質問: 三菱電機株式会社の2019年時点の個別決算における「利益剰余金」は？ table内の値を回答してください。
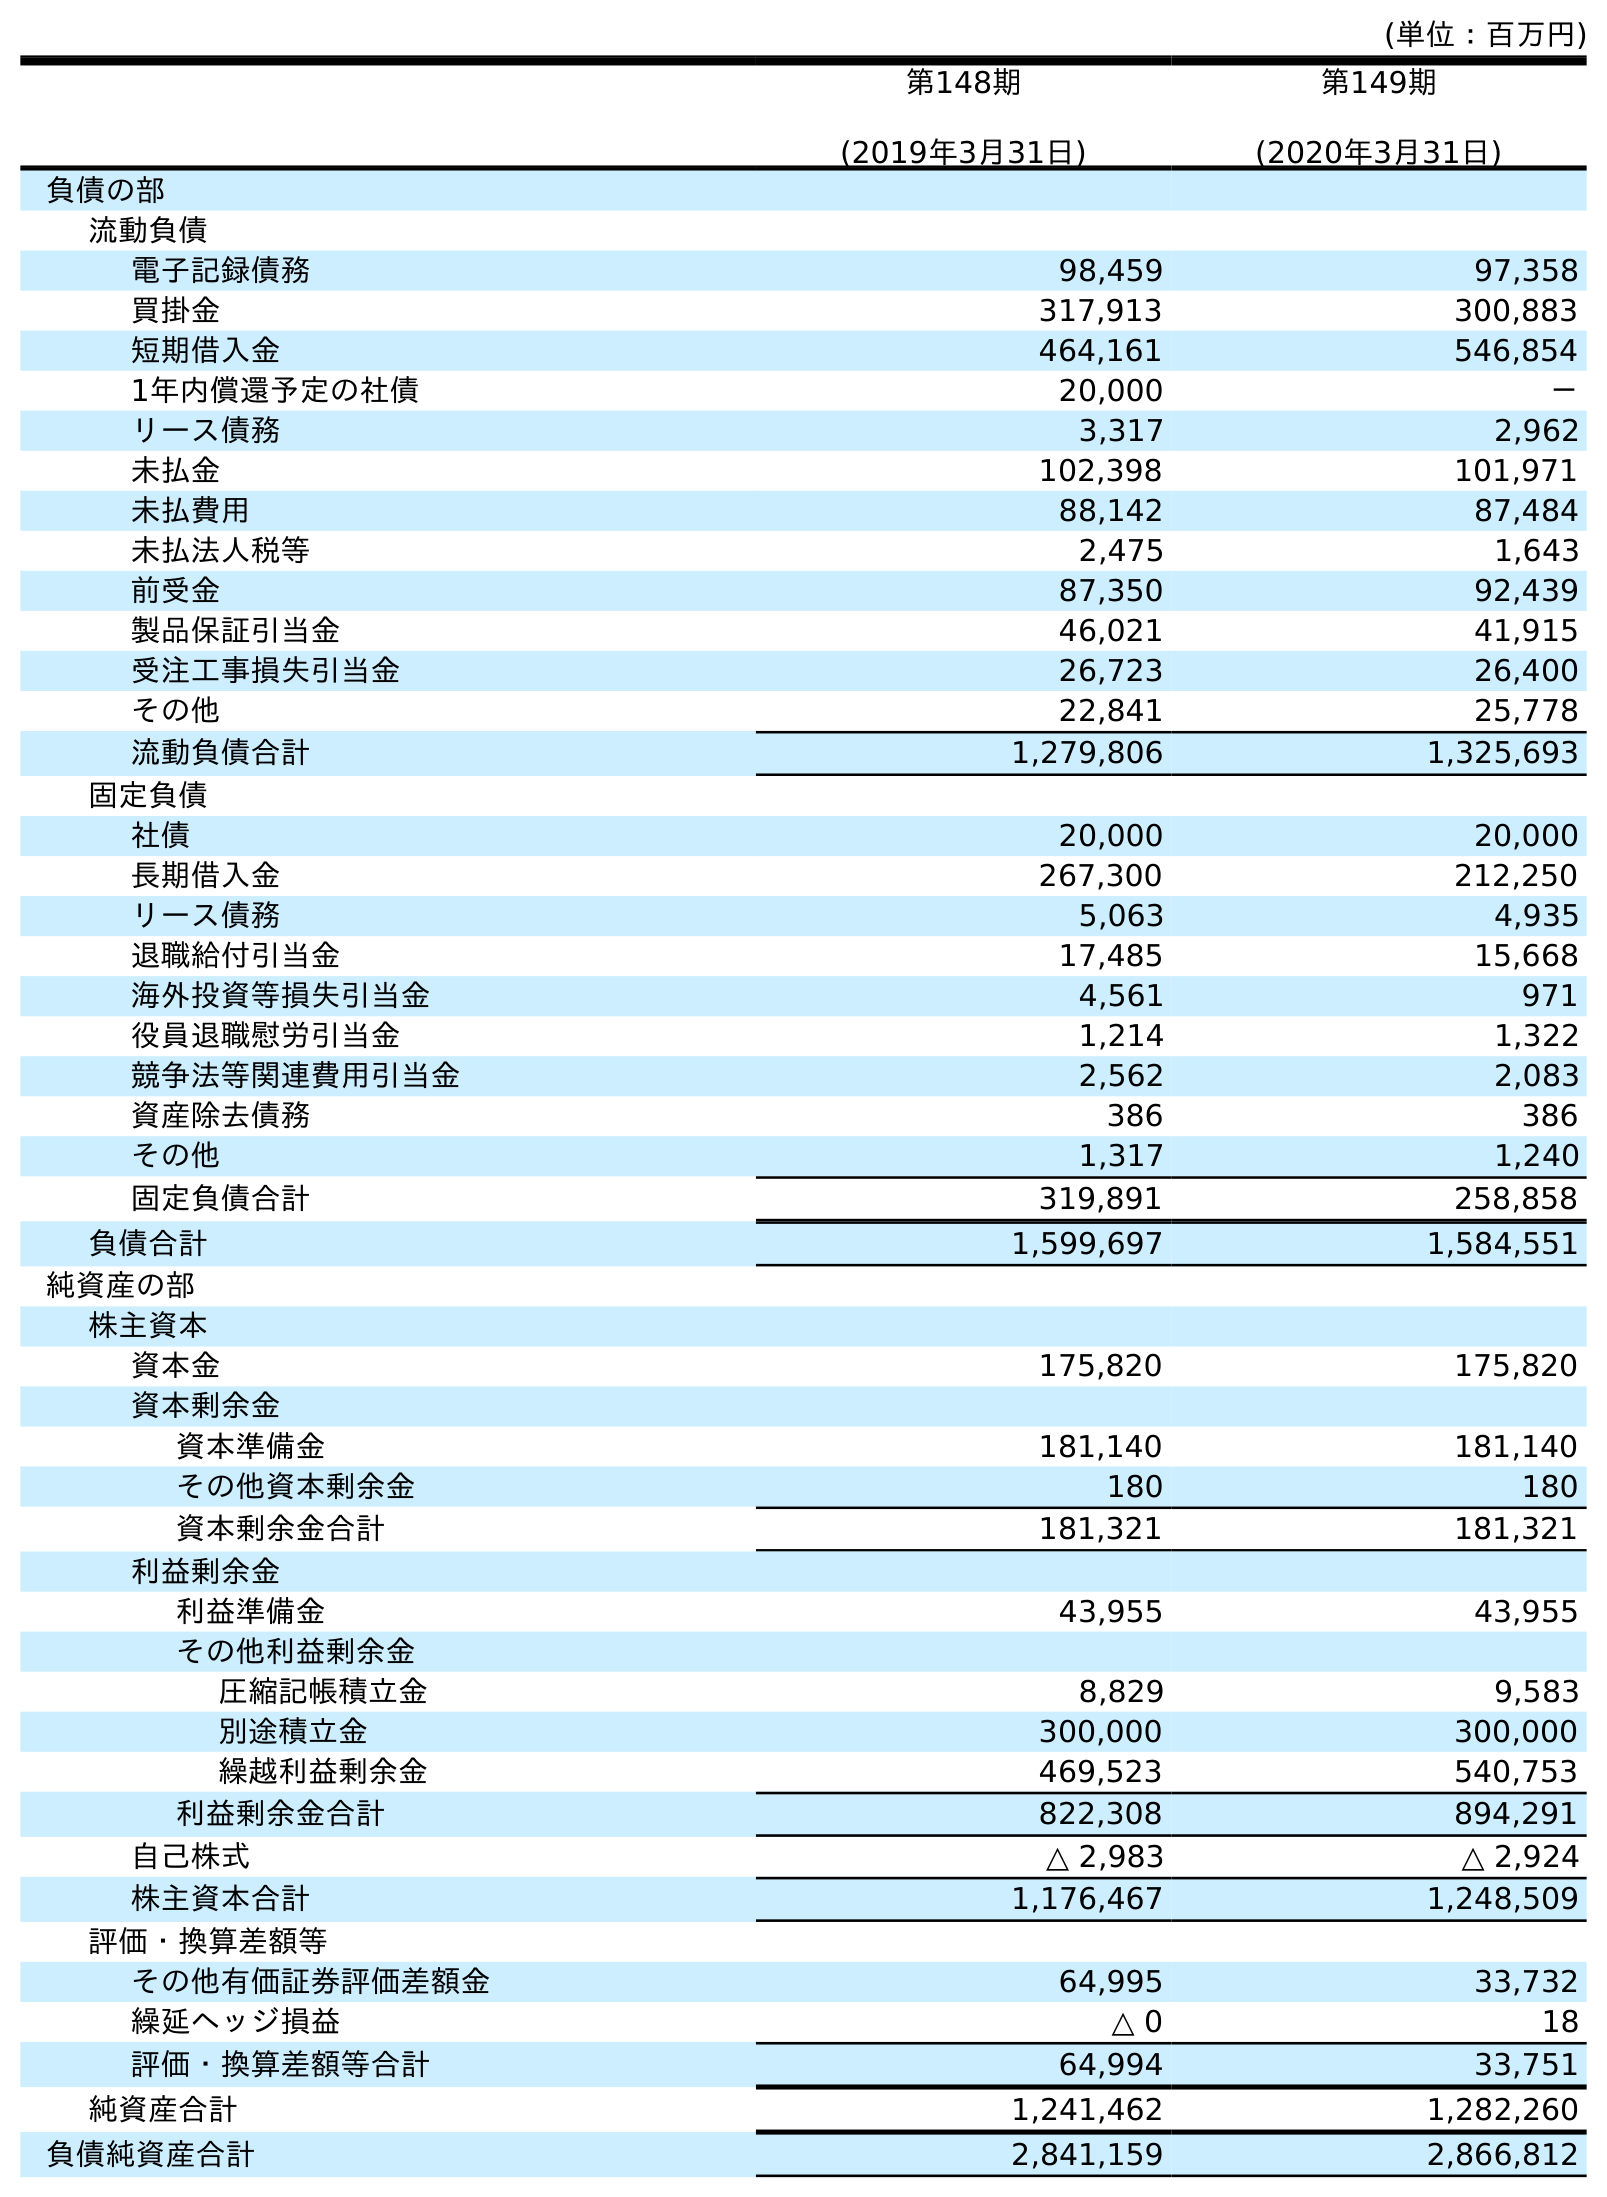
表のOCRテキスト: (単位：百万円) 第148期 (2019年3月31日) 第149期 (2020年3月31日) 負債の部 流動負債 電子記録債務 98,459 97,358 買掛金 317,913 300,883 短期借入金 464,161 546,854 1年内償還予定の社債 20,000 － リース債務 3,317 2,962 未払金 102,398 101,971 未払費用 88,142 87,484 未払法人税等 2,475 1,643 前受金 87,350 92,439 製品保証引当金 46,021 41,915 受注工事損失引当金 26,723 26,400 その他 22,841 25,778 流動負債合計 1,279,806 1,325,693 固定負債 社債 20,000 20,000 長期借入金 267,300 212,250 リース債務 5,063 4,935 退職給付引当金 17,485 15,668 海外投資等損失引当金 4,561 971 役員退職慰労引当金 1,214 1,322 競争法等関連費用引当金 2,562 2,083 資産除去債務 386 386 その他 1,317 1,240 固定負債合計 319,891 258,858 負債合計 1,599,697 1,584,551 純資産の部 株主資本 資本金 175,820 175,820 資本剰余金 資本準備金 181,140 181,140 その他資本剰余金 180 180 資本剰余金合計 181,321 181,321 利益剰余金 利益準備金 43,955 43,955 その他利益剰余金 圧縮記帳積立金 8,829 9,583 別途積立金 300,000 300,000 繰越利益剰余金 469,523 540,753 利益剰余金合計 822,308 894,291 自己株式 △ 2,983 △ 2,924 株主資本合計 1,176,467 1,248,509 評価・換算差額等 その他有価証券評価差額金 64,995 33,732 繰延ヘッジ損益 △ 0 18 評価・換算差額等合計 64,994 33,751 純資産合計 1,241,462 1,282,260 負債純資産合計 2,841,159 2,866,812
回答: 822,308